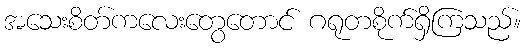
အသေးစိတ်ကလေးတွေတောင် ဂရုတစိုက်ရှိကြသည်။